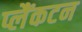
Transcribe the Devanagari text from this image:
प्लैंकटन